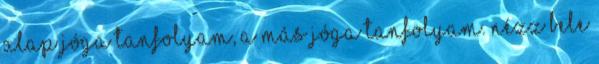
alap jóga tanfolyam, a MÁS jóga tanfolyam. Nézz bele